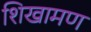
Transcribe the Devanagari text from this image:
शिखामण